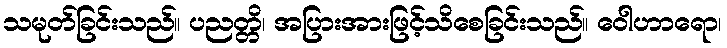
သမုတ်ခြင်းသည်။ ပညတ္တိ၊ အပြားအားဖြင့်သိစေခြင်းသည်။ ဝေါဟာရော၊